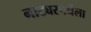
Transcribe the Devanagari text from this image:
नाट्यस्पर्धेला